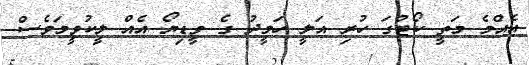
އެއްމެ މަތީ ކޯޓުގަ ހުރި އަލީ ހަމީދު ގެ ވީޑިޔޯ އެއް ލީކުވީމަވެސް